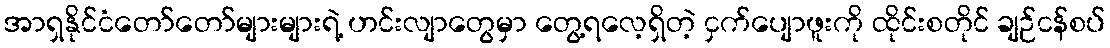
အာရှနိုင်ငံတော်တော်များများရဲ့ ဟင်းလျာတွေမှာ တွေ့ရလေ့ရှိတဲ့ ငှက်ပျောဖူးကို ထိုင်းစတိုင် ချဉ်ငန်စပ်